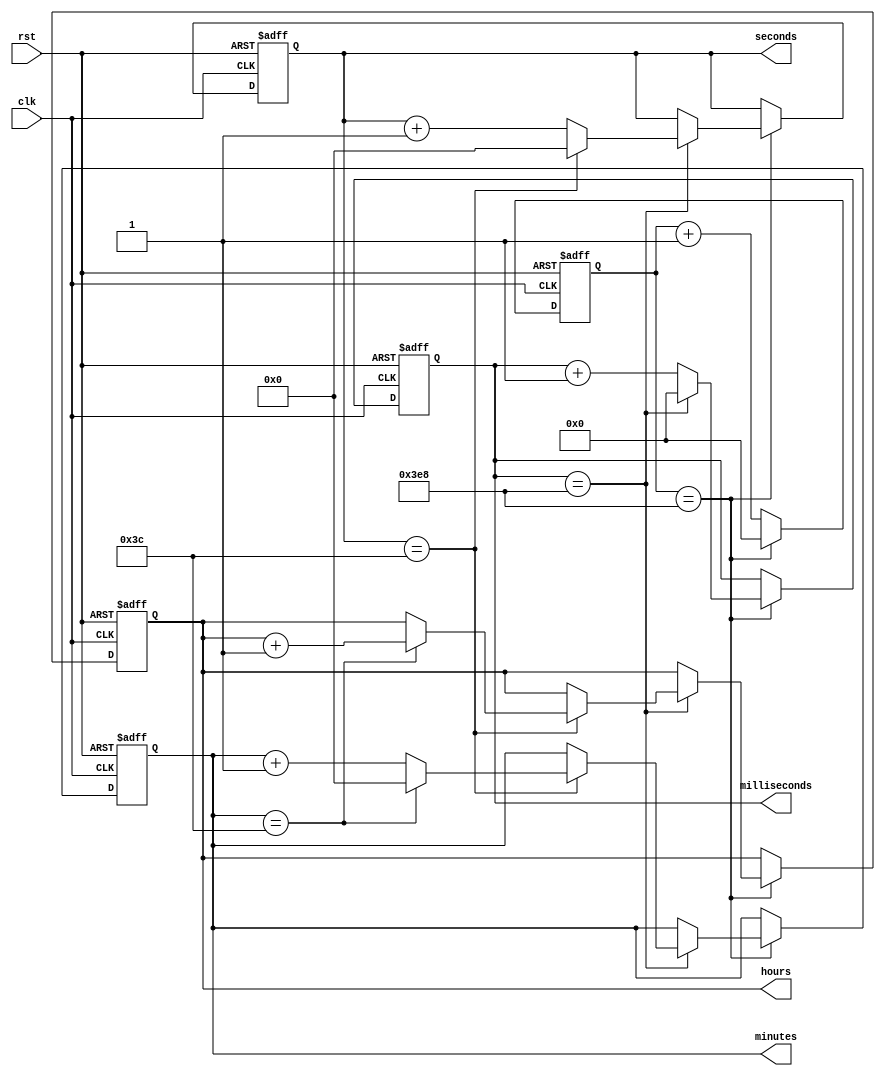
module rtc_timer (
    input wire clk,
    input wire rst,
    output reg [6:0] hours,
    output reg [6:0] minutes,
    output reg [6:0] seconds,
    output reg [9:0] milliseconds
);

reg [9:0] rtc_counter;

always @(posedge clk or posedge rst) begin
    if (rst) begin
        rtc_counter <= 0;
        hours <= 0;
        minutes <= 0;
        seconds <= 0;
        milliseconds <= 0;
    end else begin
        rtc_counter <= rtc_counter + 1;
        if (rtc_counter == 1000) begin
            rtc_counter <= 0;
            milliseconds <= milliseconds + 1;
            if (milliseconds == 1000) begin
                milliseconds <= 0;
                seconds <= seconds + 1;
                if (seconds == 60) begin
                    seconds <= 0;
                    minutes <= minutes + 1;
                    if (minutes == 60) begin
                        minutes <= 0;
                        hours <= hours + 1;
                    end
                end
            end
        end
    end
end

endmodule